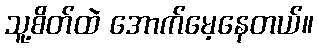
သူ့စိတ်ထဲ အောက်မေ့နေတယ်။